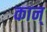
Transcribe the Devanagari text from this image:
कान्‌